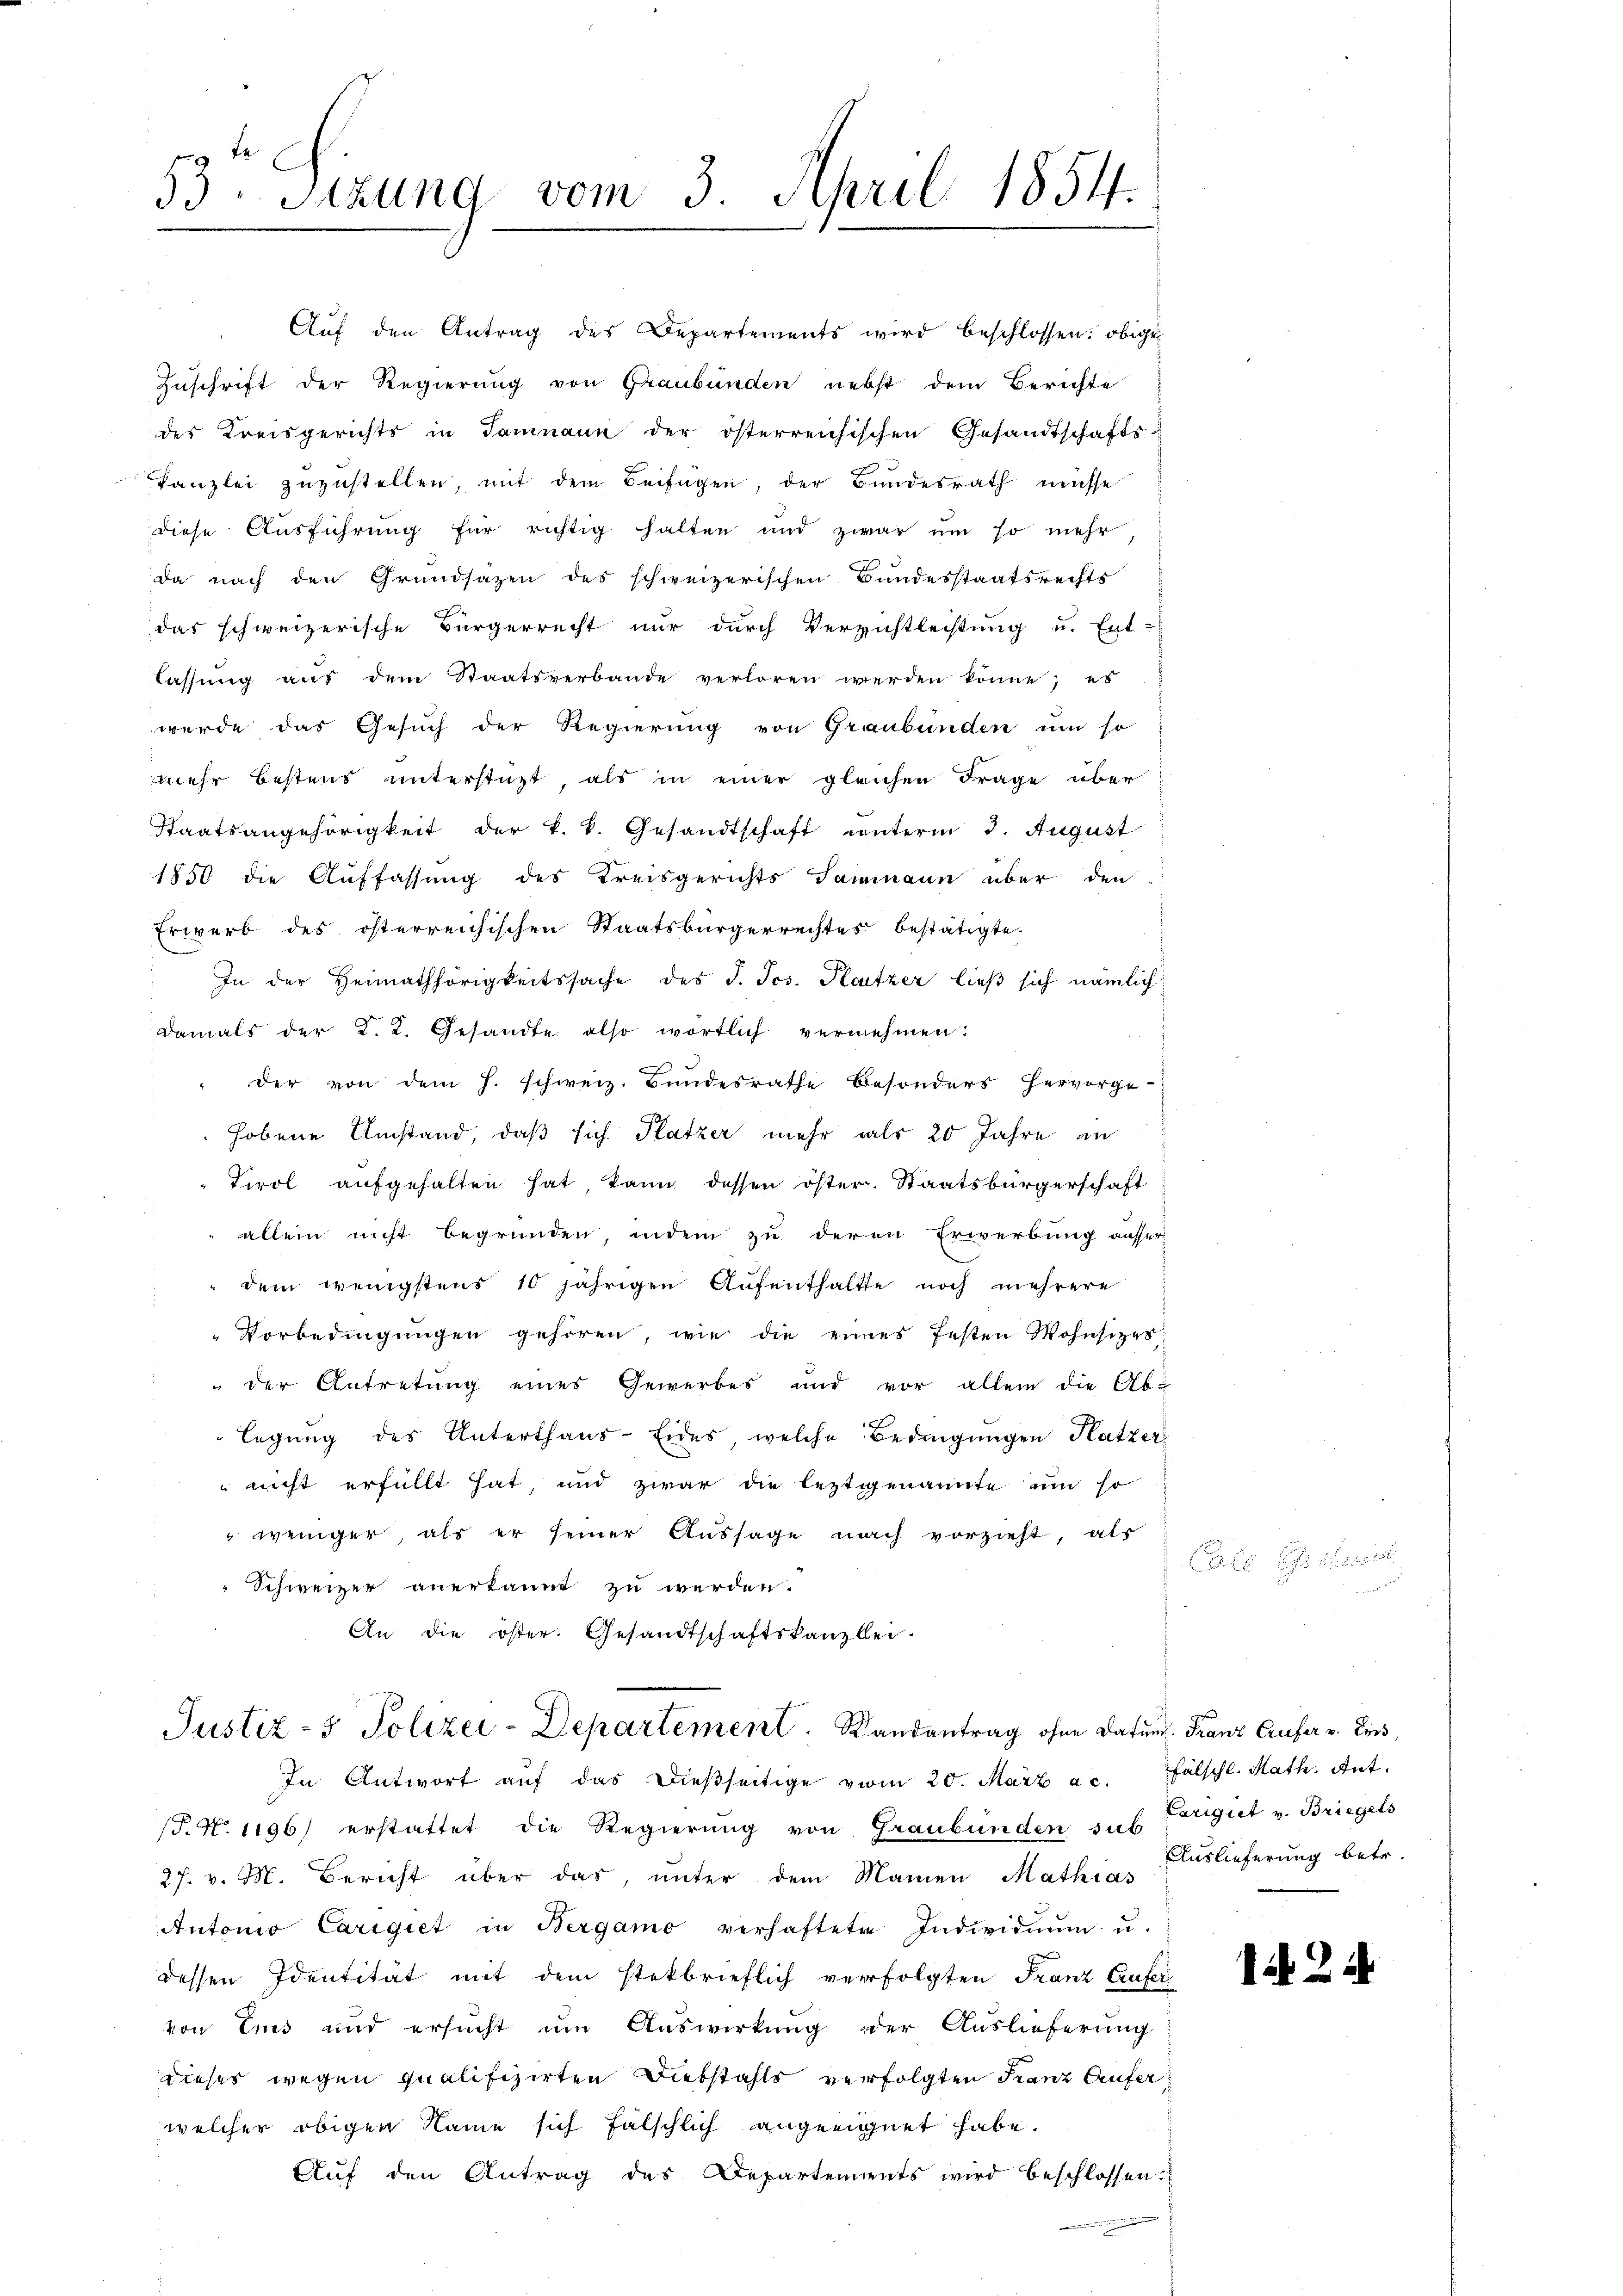
53. Sitzung vom 3. April 1854.
e

Auf den Antrag des Departements wird beschlossen: obige
Zuschrift der Regierung von Graubünden nebst dem Berichte
der Kreisgerichts in Samnaun der österreichischen Gesandtschafts-
Kanzlei zuzustellen, mit dem Beifügen, der Bundesrath müsse
diese Ausführung für richtig halten und zwar um so mehr
da nach den Grundsazen des schweizerischen Bundesstaatsrechts
f
das schweizerische Bürgerrecht nur durch Verzichtleistung u. Ent-
lassung aus dem Staatsverbande verloren werden könne; es
wurde das Gesuch der Regierung von Graubünden um so
mehr bestens unterstüzt, als in einer gleichen Frage über
Staatsangehörigkeit der k. k. Gesandtschaft unterm 3. August
1850 die Auffassung des Kreisgerichts Sammann über den
Erwerb des österreichischen Staatsbürgerrechtes bestätigte.
In der Heimathörigkeitssache des J. Jos. Platzer ließ sich nämlich
damals der K. K. Gesandte also wörtlich vernehmen:
" der von dem h. schweiz. Bundesrathe Besonders hervorge-
hobene Umstand, daß sich Platzer mehr als 20 Jahre an
Firol aufgehalten hat, kann dessen öster. Staatsbürgerschaft
allein nicht begründen, indem zu deren Erwerbung ausser
dem wenigstens 10 jährigen Aufenthaltte noch mehrere
Vorbedingungen gehören, wie die eines festen Wohnsitzes
der Antretung eines Gewerbes und vor allein die Ab-
legung des Unterthans-Eides, welche Bedingungen Katzer
 nicht erfüllt hat und zwar die leztgenannte um so
 weniger, als er seiner Aussage nach vorzieht, als
Schweizer anerkannt zu werden.
An die öster. Gesandtschaftskanzlei-

Justiz- & Polizei-Departement. Randantrag ohne Datum. Franz Crufer v. den
In Antwort aŭf das dieβseitige vom 20. März a.c. Fälschl. Math. Ant.

(P. No 1196) erstattet die Regierŭng von Graubünden sub. Largut v. Briegels
27. v. M. Bericht über das, unter dem Manen Mathias
Antonio Carigiet in Bergamo verhaftete Individuum u.
dessen Identität mit dem steckbrieflich verfolgten Franz Crufer
von Eis und ersŭcht um Auswirkung der Auslieferung
dieser wegen qualifizirten Diebstahls verfolgten Franz Aufer
welcher obigen Name sich fälschlich angeeignet habe.
Auf den Antrag des Departements wird beschlossen.

l

Auslieferung betr.

1 24